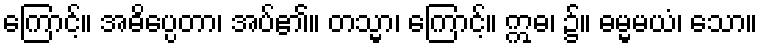
ကြောင့်။ အဓိပ္ပေတာ၊ အပ်၏။ တသ္မာ၊ ကြောင့်။ ဣဓ၊ ၌။ ဓမ္မမယံ၊ သော။